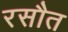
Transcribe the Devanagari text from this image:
रसौत